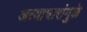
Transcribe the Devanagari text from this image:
अत्याचारांमुळे